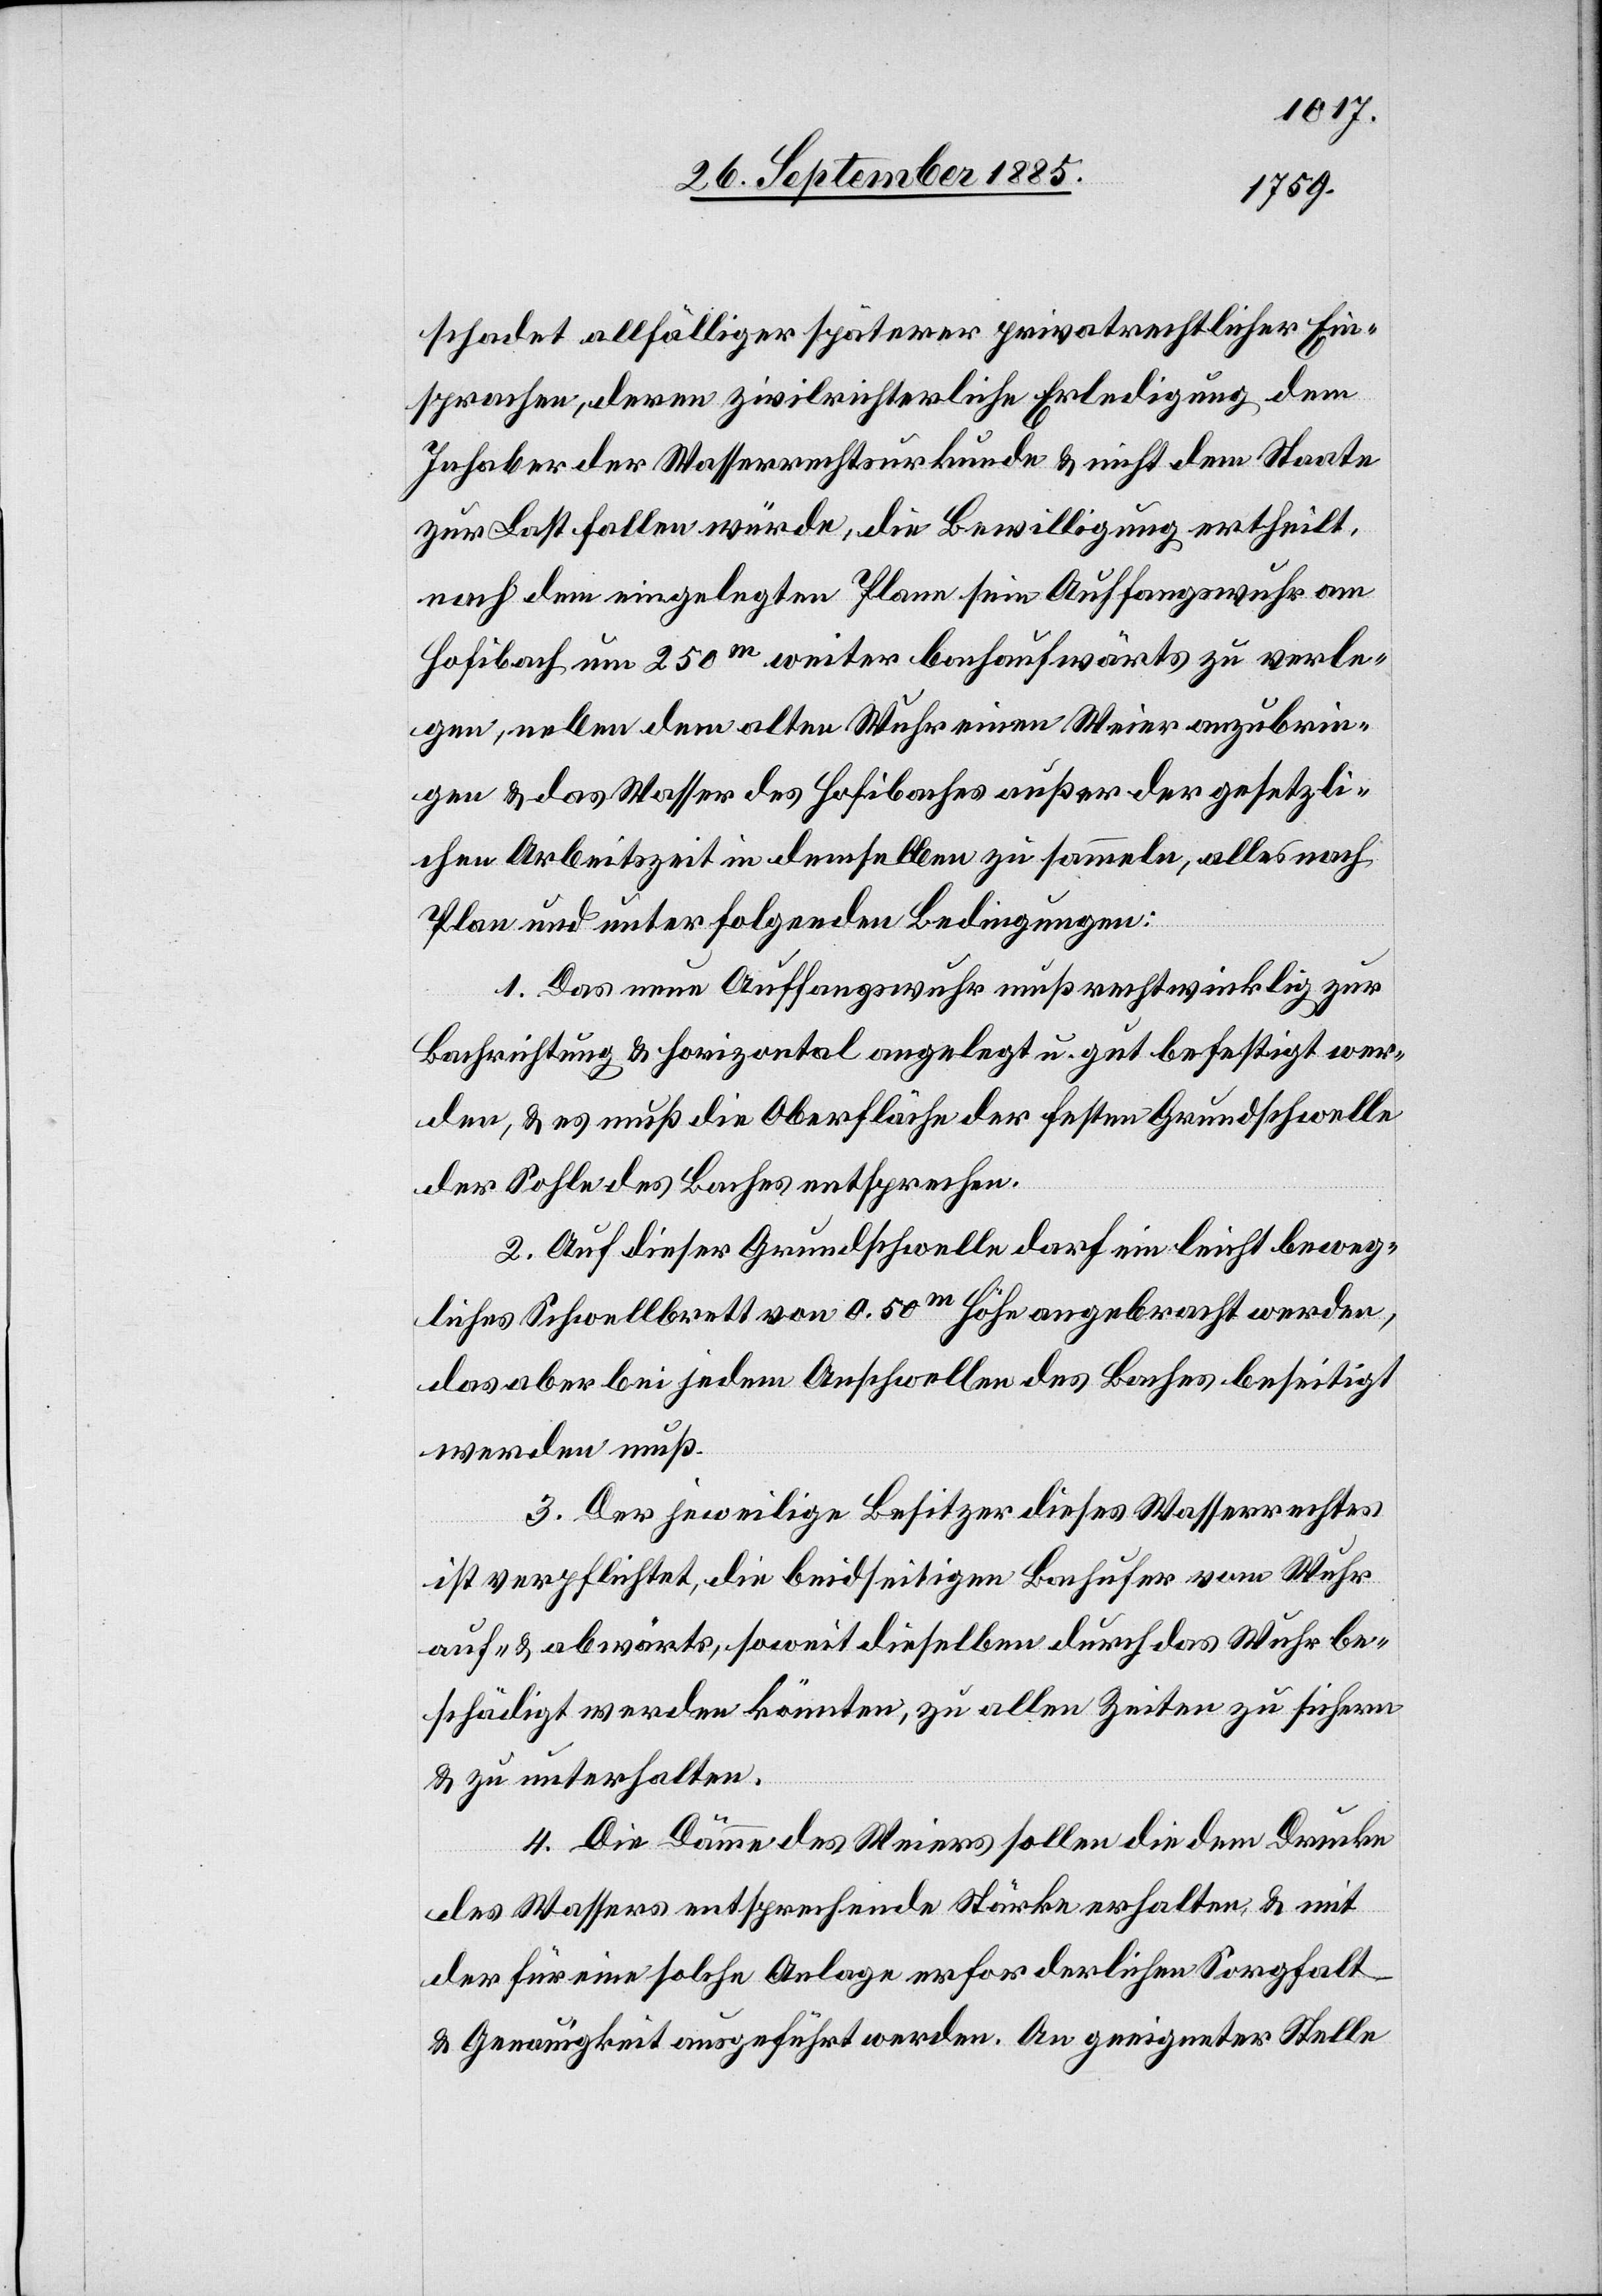
schadet allfälliger späterer privatrechtlicher Ein¬
sprachen, deren zivilrichterliche Erledigung dem
Inhaber der Wasserrechtsurkunde & nicht dem Staate
zur Last fallen würde, die Bewilligung ertheilt,
nach dem eingelegten Plane sein Auffangswuhr am
Hofibach um 250m weiter bachaufwärts zu verle¬
gen, neben dem alten Wuhr einen Weier anzubrin¬
gen & das Wasser des Hofibaches außer der gesetzli¬
chen Arbeitszeit in demselben zu sammeln, alles nach
Plan und unter folgenden Bedingungen:
1. Das neue Auffangswuhr muß rechtwinklig zur
Bachrichtung & horizontal angelegt u. gut befestigt wer¬
den, & es muß die Oberfläche der festen Grundschwelle
der Sohle des Baches entsprechen.
2. Auf dieser Grundschwelle darf ein leicht beweg¬
liches Schwellbrett von 0.50m Höhe angebracht werden,
das aber bei jedem Anschwellen des Baches beseitigt
werden muß.
3. Der jeweilige Besitzer dieses Wasserrechtes
ist verpflichtet, die beidseitigen Bachufer vom Wuhr
auf- & abwärts, soweit dieselben durch das Wuhr be¬
schädigt werden könnten, zu allen Zeiten zu sichern
& zu unterhalten.
4. Die Dämme des Weiers sollen die dem Drucke
des Wassers entsprechende Stärke erhalten, & mit
der für eine solche Anlage erforderlichen Sorgfalt
& Genauigkeit ausgeführt werden. An geeigneter Stelle